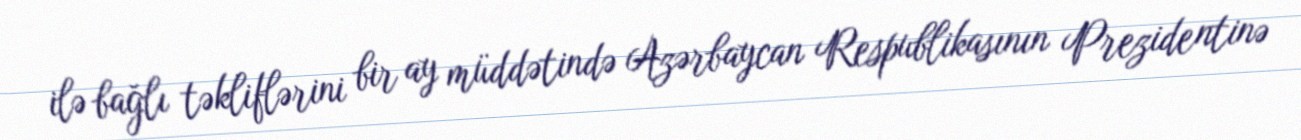
ilə bağlı təkliflərini bir ay müddətində Azərbaycan Respublikasının Prezidentinə